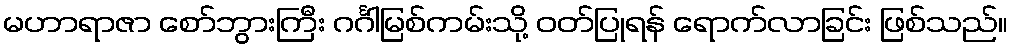
မဟာရာဇာ စော်ဘွားကြီး ဂင်္ဂါမြစ်ကမ်းသို့ ဝတ်ပြုရန် ရောက်လာခြင်း ဖြစ်သည်။